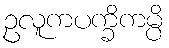
ဥလူကပက္ခိကမ္ပိ